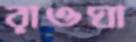
রাওঘা